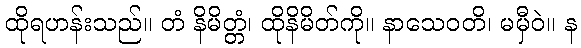
ထိုရဟန်းသည်။ တံ နိမိတ္တံ၊ ထိုနိမိတ်ကို။ နာသေဝတိ၊ မမှီဝဲ။ န